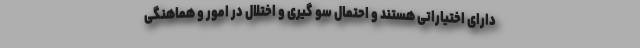
دارای اختیاراتی هستند و احتمال سو گیری و اختلال در امور و هماهنگی